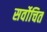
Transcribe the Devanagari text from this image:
सर्वोचित